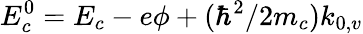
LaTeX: E_{c}^{0}=E_{c}-e\phi+(\hbar^{2}/2m_{c})k_{0,v}